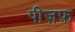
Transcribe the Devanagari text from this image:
पीज़फ़